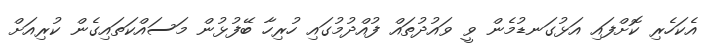
އެކަހެރި ކޮށްފައި އަޅުގަނޑުމެން ވީ ވައުދުތައް ފުއްދުމުގައި ހުރިހާ ބޭފުޅުން މަސައްކަތައިގެން ކުރިއަށް